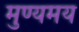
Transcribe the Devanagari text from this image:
मुण्यमय